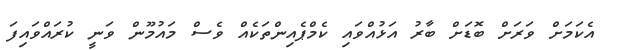
އެކަމަށް ވަރަށް ބޮޑަށް ބާރު އަޅުއްވައި ކެމްޕެއިންތަކެއް ވެސް މައުމޫން ވަނީ ކުރައްވައިފަ